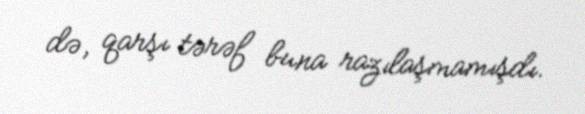
də, qarşı tərəf buna razılaşmamışdı.